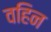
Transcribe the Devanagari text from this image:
वहिन